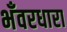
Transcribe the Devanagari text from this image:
भँवरधारा